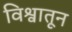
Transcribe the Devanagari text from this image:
विश्वातून